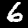
Label: 6